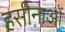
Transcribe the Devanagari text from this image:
हसीनाओं